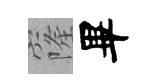
窿畢